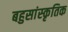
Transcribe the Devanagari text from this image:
बहुसांस्‍कृतिक